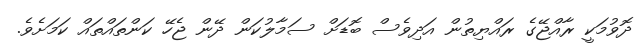
ދޮވުމަކީ ރާއްޖޭގެ ރައްޔިތުން އަދިވެސް ބޮޑަށް ސަމާލުކަން ދޭން ޖެހޭ ކަންތައްތައް ކަމަށެވެ.